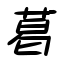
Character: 葛